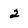
Character: 2